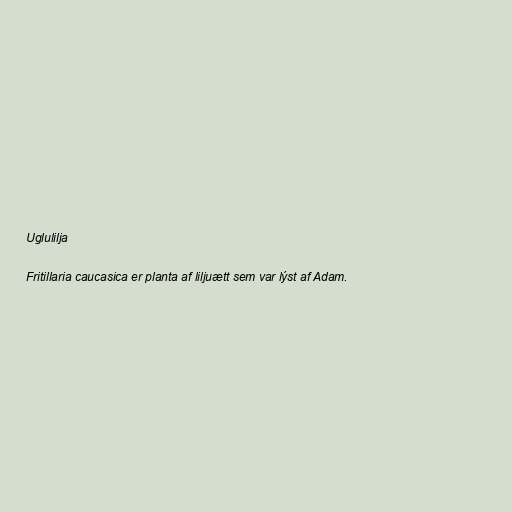
Uglulilja

Fritillaria caucasica er planta af liljuætt sem var lýst af Adam.